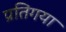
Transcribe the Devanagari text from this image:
प्रतिगया